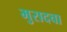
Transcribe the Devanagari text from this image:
मुरादचा